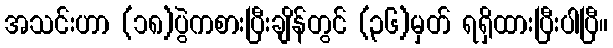
အသင်းဟာ (၁၈)ပွဲကစားပြီးချိန်တွင် (၃၆)မှတ် ရရှိထားပြီးပါပြီ။